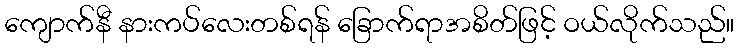
ကျောက်နီ နားကပ်လေးတစ်ရန် ခြောက်ရာအစိတ်ဖြင့် ဝယ်လိုက်သည်။